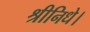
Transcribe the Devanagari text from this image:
श्रीनिधे।